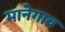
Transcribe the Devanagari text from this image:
मानेगाव